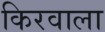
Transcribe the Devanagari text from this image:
किरवाला